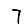
Digit: 7